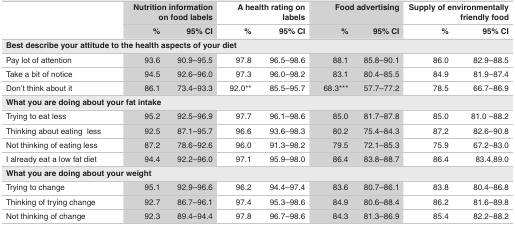
<table><thead><tr><td></td><td colspan="2"><b>Nutrition information on food labels</b></td><td colspan="2"><b>A health rating on labels</b></td><td colspan="2"><b>Food advertising</b></td><td colspan="2"><b>Supply of environmentally friendly food</b></td></tr><tr><td></td><td><b>%</b></td><td><b>95% CI</b></td><td><b>%</b></td><td><b>95% CI</b></td><td><b>%</b></td><td><b>95% CI</b></td><td><b>%</b></td><td><b>95% CI</b></td></tr></thead><tbody><tr><td colspan="9"><b>Best describe your attitude to the health aspects of your diet</b></td></tr><tr><td>Pay lot of attention</td><td>93.6</td><td>90.9–95.5</td><td>97.8</td><td>96.5–98.6</td><td>88.1</td><td>85.8–90.1</td><td>86.0</td><td>82.9–88.5</td></tr><tr><td>Take a bit of notice</td><td>94.5</td><td>92.6–96.0</td><td>97.3</td><td>96.0–98.2</td><td>83.1</td><td>80.4–85.5</td><td>84.9</td><td>81.9–87.4</td></tr><tr><td>Don&#x27;t think about it</td><td>86.1</td><td>73.4–93.3</td><td>92.0**</td><td>85.5–95.7</td><td>68.3***</td><td>57.7–77.2</td><td>78.5</td><td>66.7–86.9</td></tr><tr><td colspan="9"><b>What you are doing about your fat intake</b></td></tr><tr><td>Trying to eat less</td><td>95.2</td><td>92.5–96.9</td><td>97.7</td><td>96.1–98.6</td><td>85.0</td><td>81.7–87.8</td><td>85.0</td><td>81.0 –88.2</td></tr><tr><td>Thinking about eating less</td><td>92.5</td><td>87.1–95.7</td><td>96.6</td><td>93.6–98.3</td><td>80.2</td><td>75.4–84.3</td><td>87.2</td><td>82.6–90.8</td></tr><tr><td>Not thinking of eating less</td><td>87.2</td><td>78.6–92.6</td><td>96.0</td><td>91.3–98.2</td><td>79.5</td><td>72.1–85.3</td><td>75.9</td><td>67.2–83.0</td></tr><tr><td>I already eat a low fat diet</td><td>94.4</td><td>92.2–96.0</td><td>97.1</td><td>95.9–98.0</td><td>86.4</td><td>83.8–88.7</td><td>86.4</td><td>83.4,89.0</td></tr><tr><td colspan="9"><b>What you are doing about your weight</b></td></tr><tr><td>Trying to change</td><td>95.1</td><td>92.9–96.6</td><td>96.2</td><td>94.4–97.4</td><td>83.6</td><td>80.7–86.1</td><td>83.8</td><td>80.4–86.8</td></tr><tr><td>Thinking of trying change</td><td>92.7</td><td>86.7–96.1</td><td>97.4</td><td>95.3–98.6</td><td>84.9</td><td>80.6–88.4</td><td>86.2</td><td>81.6–89.8</td></tr><tr><td>Not thinking of change</td><td>92.3</td><td>89.4–94.4</td><td>97.8</td><td>96.7–98.6</td><td>84.3</td><td>81.3–86.9</td><td>85.4</td><td>82.2–88.2</td></tr></tbody></table>